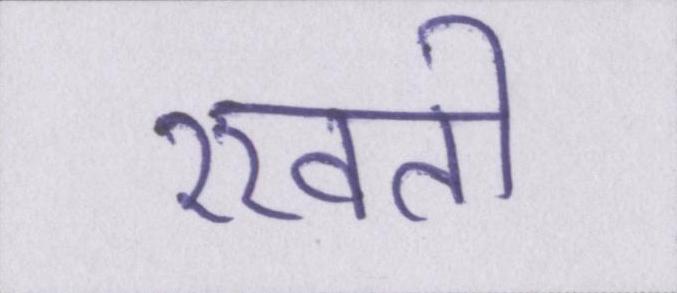
रखती